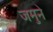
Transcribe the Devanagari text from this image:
जमुने